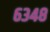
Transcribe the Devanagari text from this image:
६३४८